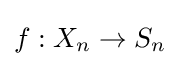
f:X_{n}\to S_{n}